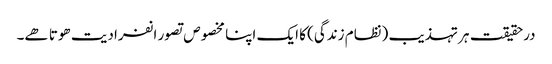
درحقیقت ہر تہذیب (نظام زندگی) کا ایک اپنا مخصوص تصور انفرادیت ھوتا ھے۔